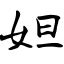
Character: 妲